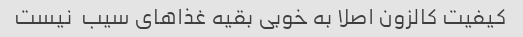
کیفیت کالزون اصلا به خوبی بقیه غذاهای سیب  نیست